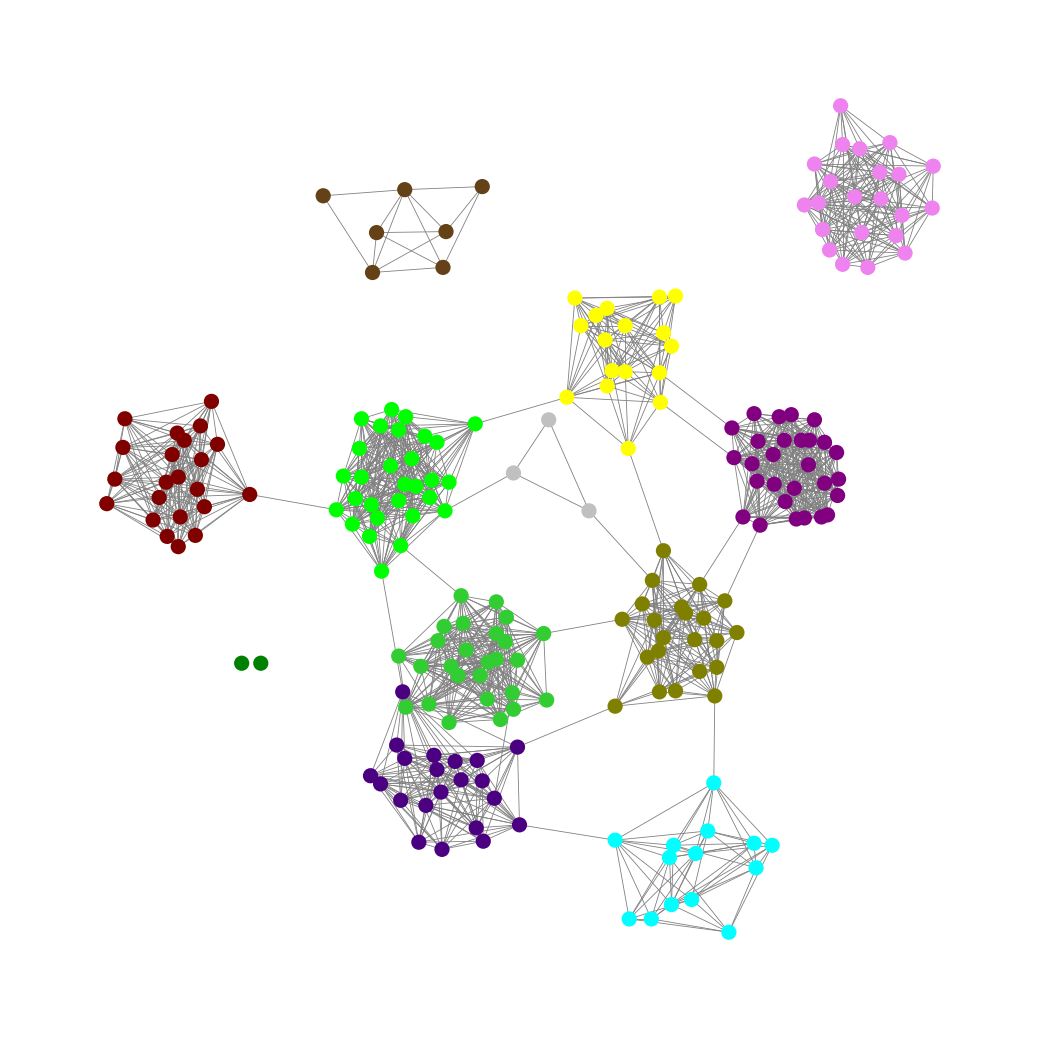
Graph connected: No
Number of connected components: 5
Number of singletons: 2
Total number of nodes: 213
Total number of edges: 1580
Number of communities: 12
Community sizes:
Aqua: 14
Green: 2
Indigo: 21
Lime: 29
Lime Green: 26
Maroon: 22
Olive: 22
Pullman Brown: 7
Purple: 28
Silver: 3
Violet: 22
Yellow: 17
Graph layout: tda
Graph generation method: erdos_renyi